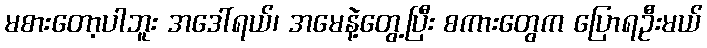
မစားတော့ပါဘူး အဒေါ်ရယ်၊ အမေနဲ့တွေ့ပြီး စကားတွေက ပြောရဦးမယ်